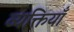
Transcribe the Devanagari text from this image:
व्यक्तियाँ